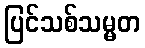
ပြင်သစ်သမ္မတ